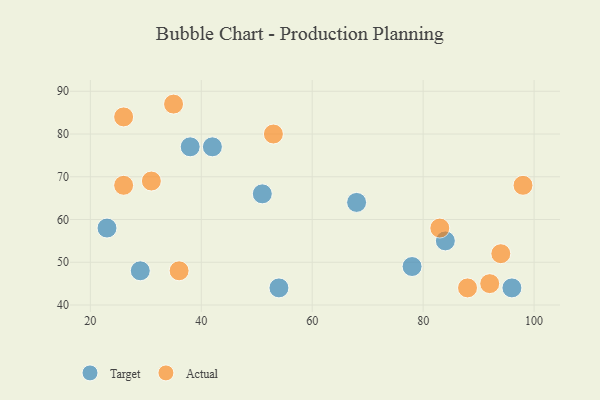
{"axis": {"x": "GDP", "y": "Life Expectancy"}, "legend": ["Actual", "Target"], "data": [{"x": "42", "y": 77, "type": "Target"}, {"x": "78", "y": 49, "type": "Target"}, {"x": "84", "y": 55, "type": "Target"}, {"x": "96", "y": 44, "type": "Target"}, {"x": "23", "y": 58, "type": "Target"}, {"x": "54", "y": 44, "type": "Target"}, {"x": "68", "y": 64, "type": "Target"}, {"x": "38", "y": 77, "type": "Target"}, {"x": "29", "y": 48, "type": "Target"}, {"x": "51", "y": 66, "type": "Target"}, {"x": "53", "y": 80, "type": "Actual"}, {"x": "88", "y": 44, "type": "Actual"}, {"x": "31", "y": 69, "type": "Actual"}, {"x": "36", "y": 48, "type": "Actual"}, {"x": "26", "y": 84, "type": "Actual"}, {"x": "92", "y": 45, "type": "Actual"}, {"x": "26", "y": 68, "type": "Actual"}, {"x": "94", "y": 52, "type": "Actual"}, {"x": "35", "y": 87, "type": "Actual"}, {"x": "98", "y": 68, "type": "Actual"}, {"x": "83", "y": 58, "type": "Actual"}]}